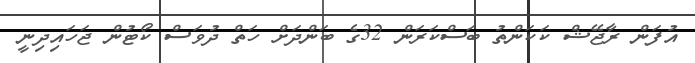
އުފަން ރާޖޭޝް ކަކަންތު ބަސްކަރަން 32ގެ ބަންދަށް ހަތް ދުވަސް ކޯޓުން ޖަހައިދިނީ